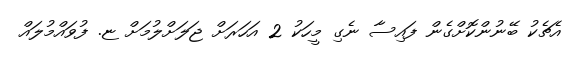
އެޗެކު ބޭނުންކޮށްގެން ފައިސާ ނެގި މީހަކު 2 އަހަރަށް ޖަލަށްލުމަށް ޏ. ފުވައްމުލައް